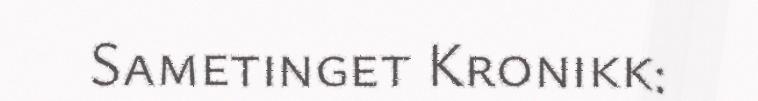
Sametinget Kronikk: